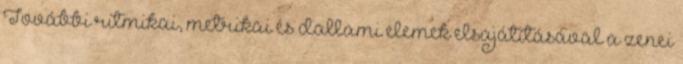
További ritmikai, metrikai és dallami elemek elsajátításával a zenei